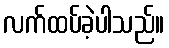
လက်ထပ်ခဲ့ပါသည်။